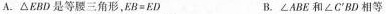
A.△EBD是等腰三角形，$$E B = E D$$ B.∠ABE和∠C^{'}BD相等